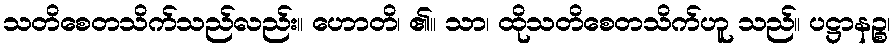
သတိစေတသိက်သည်လည်း။ ဟောတိ၊ ၏။ သာ၊ ထိုသတိစေတသိက်ဟူ သည်။ ပဋ္ဌာနဉ္စ၊